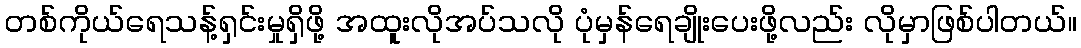
တစ်ကိုယ်ရေသန့်ရှင်းမှုရှိဖို့ အထူးလိုအပ်သလို ပုံမှန်ရေချိုးပေးဖို့လည်း လိုမှာဖြစ်ပါတယ်။